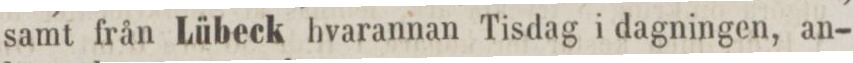
samt från Lübeck hvarannan Tisdag i dagningen, an-